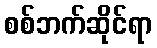
စစ်ဘက်ဆိုင်ရာ